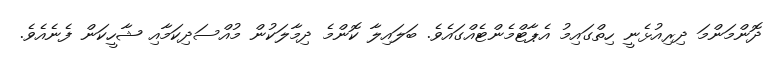
ދޮންމަންމަ ދިރިއުޅެނީ ހިތްގައިމު އެޕާޓްމެންޓެއްގައެވެ. ބަލައިލާ ކޮންމެ ދިމާލަކުން މުއްސަދިކަމާއި ޝާހީކަން ފެނެއެވެ.